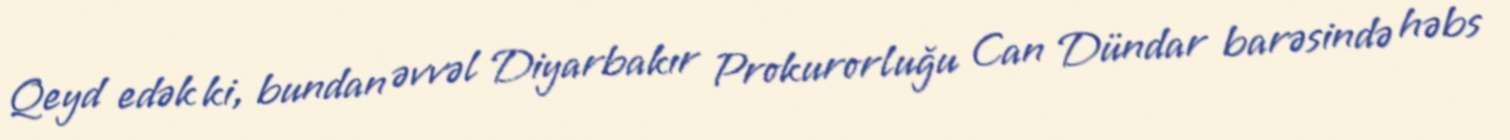
Qeyd edək ki, bundan əvvəl Diyarbakır Prokurorluğu Can Dündar barəsində həbs